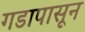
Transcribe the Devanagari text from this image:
गडापासून